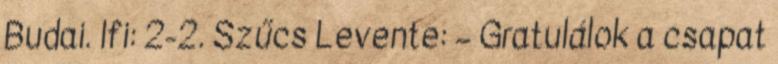
Budai. Ifi: 2-2. Szűcs Levente: – Gratulálok a csapat